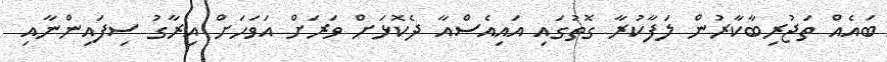
ބައެއް ތަޖުރިބާކާރުން ލަފާކުރާ ގޮތުގައި އައިއެސްއާ ދެކޮޅަށް ވަރަށް އަވަހަށް އިރާގު ސިފައިންނާއި